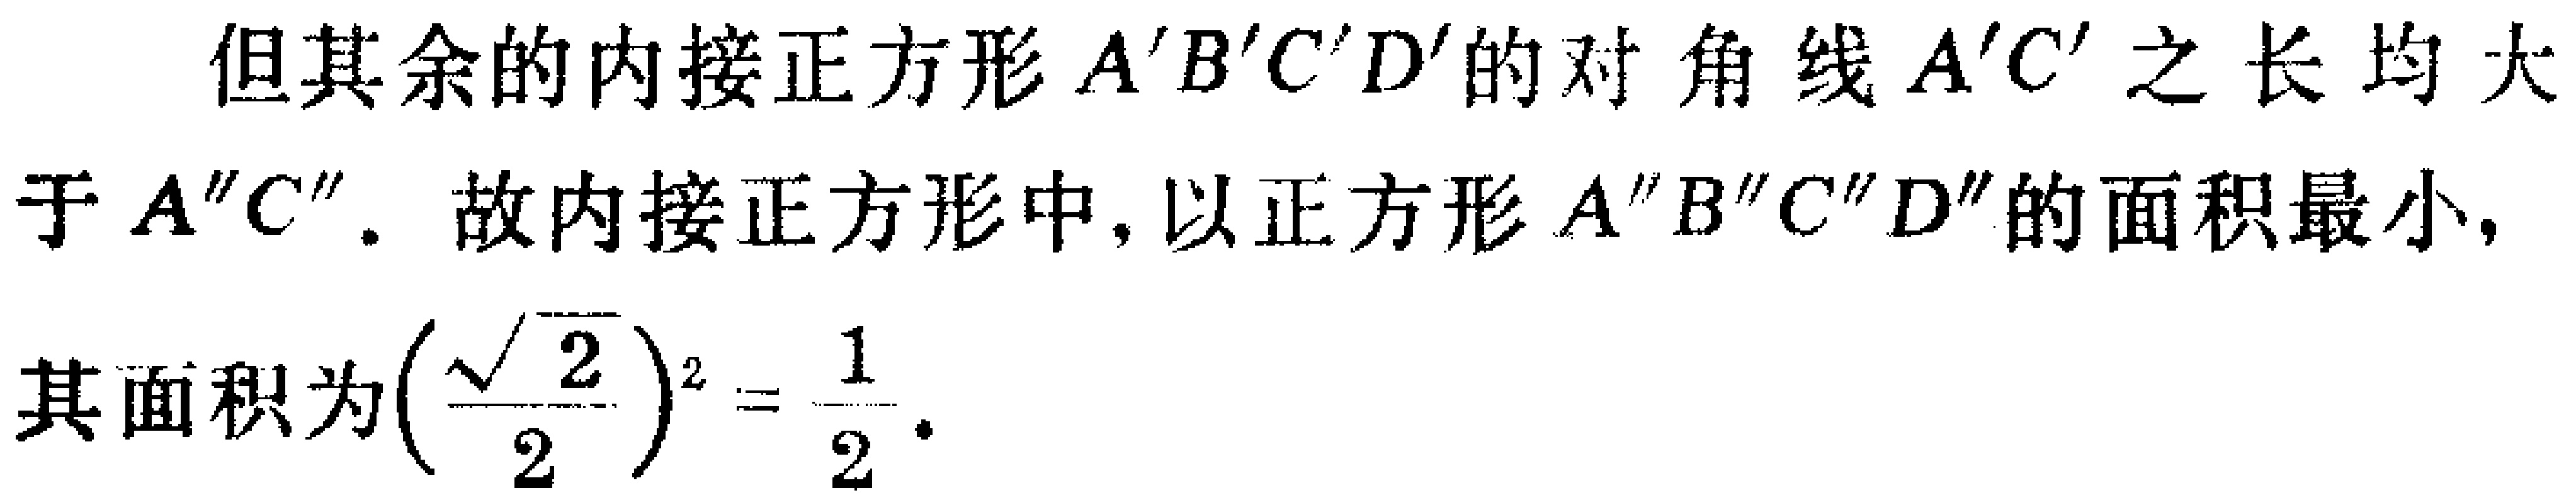
但其余的内接正方形\(A'B'C'D'\)的对角线\(A'C'\)之长均大于\(A''C''\). 故内接正方形中, 以正方形\(A''B''C''D''\)的面积最小, 其面积为\((\frac{\sqrt{2}}{2})^2 = \frac{1}{2}\).